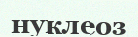
нуклеоз